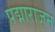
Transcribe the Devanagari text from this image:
पद्माराजन